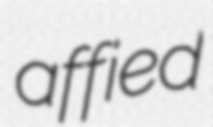
affied